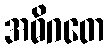
အဓိဂတေ